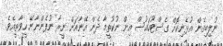
ނުލިބިގެން އުޅެނިކޮށް ގެސްޓުހައުސް އިން ނުކުތީމާ ދެން އޭނާއަށް ނީރާ ނުފެންނާނޭ ހީވާތީއެވެ.